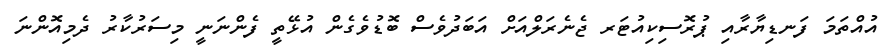
އުއްތަމަ ފަނޑިޔާރާއި ޕުރޮސިކިއުޓަރ ޖެނެރަލްއަށް އަބަދުވެސް ބޮޑުވެގެން އުޅޭތީ ފެންނަނީ މިސަރުކާރު ދެމިއޮންނަ